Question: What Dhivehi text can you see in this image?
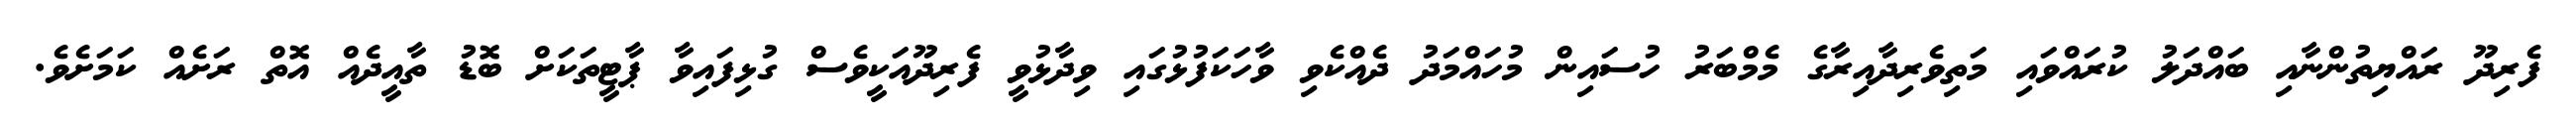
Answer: ފެރިދޫ ރައްޔިތުންނާއި ބައްދަލު ކުރައްވައި މަތިވެރިދާއިރާގެ މެމްބަރު ހުސައިން މުހައްމަދު ދެއްކެވި ވާހަކަފުޅުގައި ވިދާޅުވީ ފެރިދޫއަކީވެސް ގުޅިފައިވާ ޕާޓީތަކަށް ބޮޑު ތާއީދެއް އޮތް ރަށެއް ކަމަށެވެ.